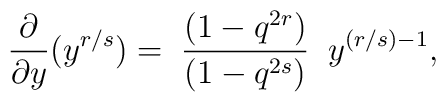
\frac{\partial}{\partial y} ( y^{r/s} ) = \;\frac{( 1 - q^{2r})}{(1 - q^{2s})} \;\;y^{(r/s) - 1},